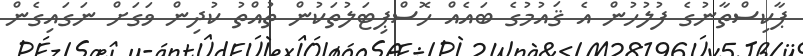
ޕާކިސްތާނުގެ ފުލުހުން އެ ޤައުމުގެ ބައެއް ހޮސްޕިޓަލުތަކުން ތުއްތު ކުދިން ވަގަށް ނަގައިގެން